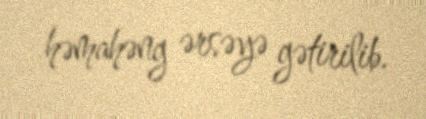
həmahəng ərsəyə gətirilib.